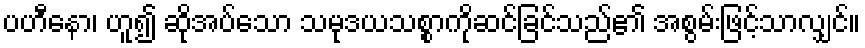
ပဟီနော၊ ဟူ၍ ဆိုအပ်သော သမုဒယသစ္စာကိုဆင်ခြင်သည်၏ အစွမ်းဖြင့်သာလျှင်။